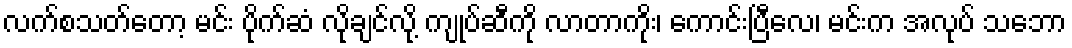
လက်စသတ်တော့ မင်း ပိုက်ဆံ လိုချင်လို့ ကျုပ်ဆီကို လာတာကိုး၊ ကောင်းပြီလေ၊ မင်းက အလုပ် သဘော